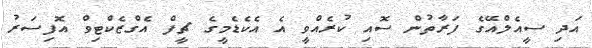
އަދި ސީއެލްއޭގެ ފަރާތުން ސޮއި ކުރެއްވީ އެ އެކެޑެމީގެ ޗީފް އެގްޒެކްޓިވް އޮފިސަރު